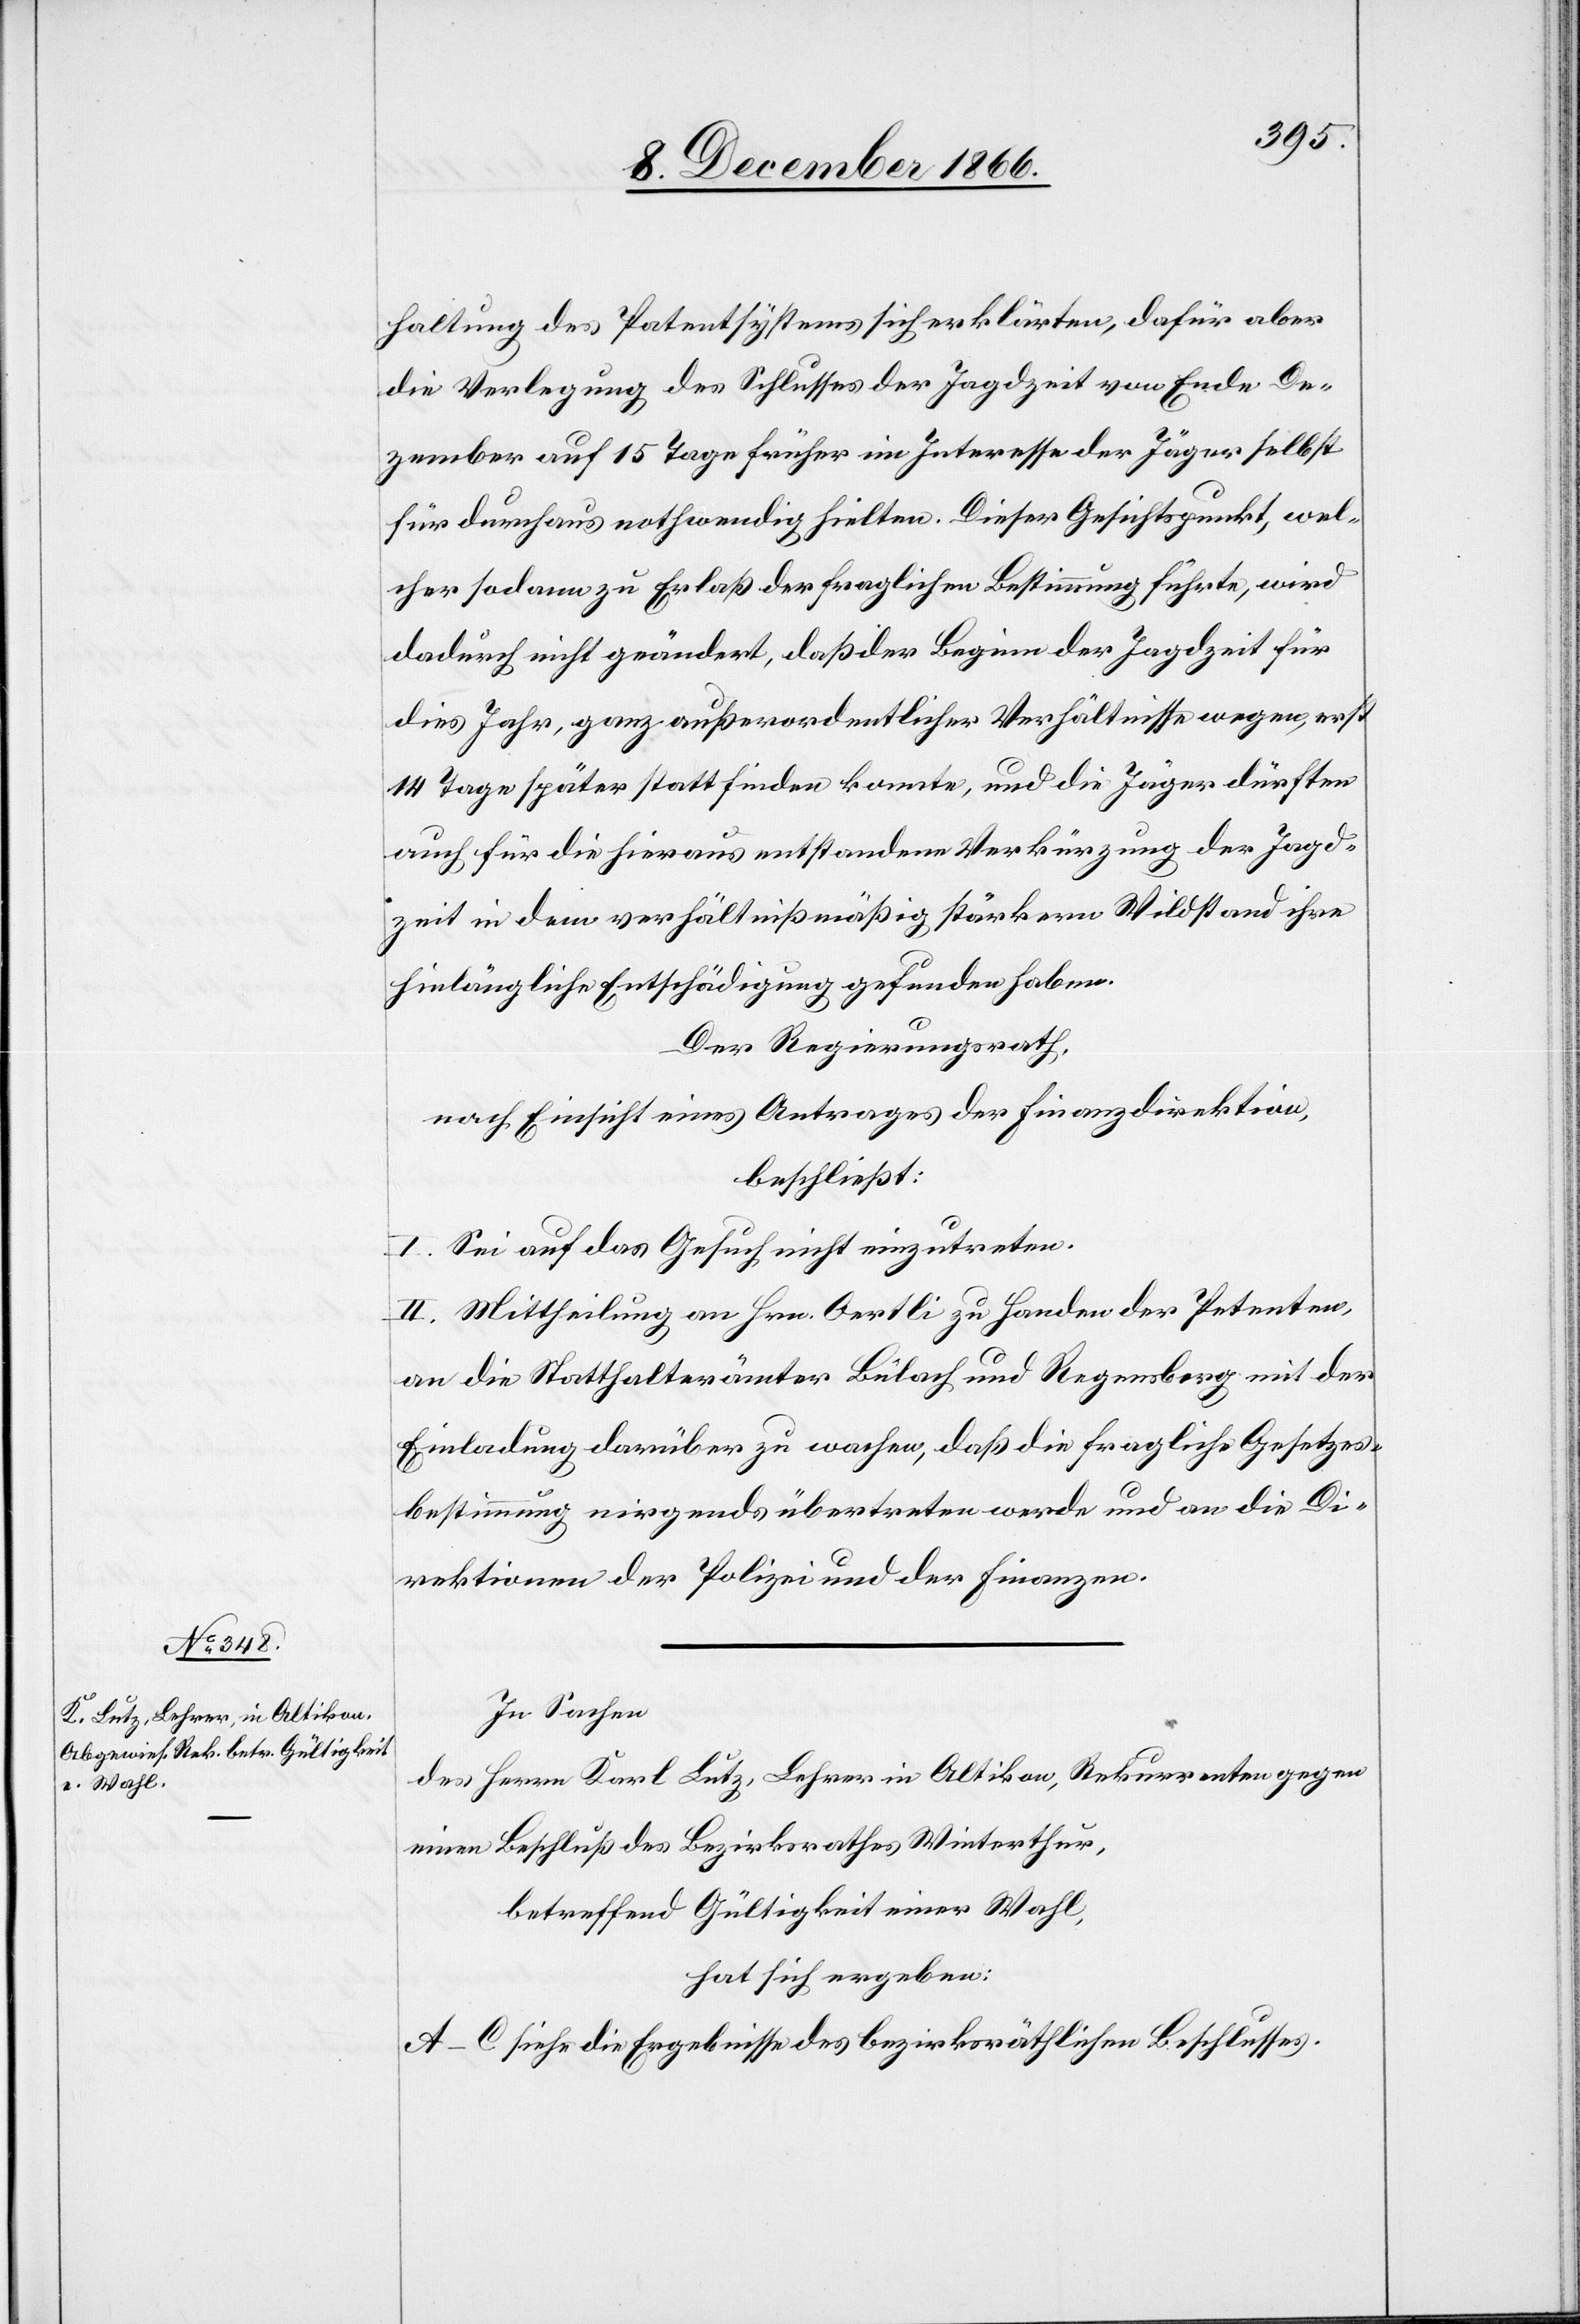
haltung des Patentsystems sich erklärten, dafür aber
die Verlegung des Schlusses der Jagdzeit von Ende De¬
zember auf 15 Tage früher im Interesse der Jäger selbst
für durchaus nothwendig hielten. Dieser Gesichtspunkt, wel¬
cher sodann zu Erlaß der fraglichen Bestimmung führte, wird
dadurch nicht geändert, daß der Beginn der Jagdzeit für
dies Jahr, ganz außerordentlicher Verhältnisse wegen, erst
14 Tage später statt finden konnte, und die Jäger dürften
auch für die hieraus entstandene Verkürzung der Jagd¬
zeit in dem verhältnißmäßig stärkern Wildstand ihre
hinlängliche Entschädigung gefunden haben.
Der Regierungsrath,
nach Einsicht eines Antrages der Finanzdirektion,
beschließt:
I. Sei auf das Gesuch nicht einzutreten.
II. Mittheilung an Hrn. Oertli zu Handen der Petenten,
an die Statthalterämter Bülach und Regensberg mit der
Einladung, darüber zu wachen, daß die fragliche Gesetzes¬
bestimmung nirgends übertreten werde und an die Di¬
rektionen der Polizei und der Finanzen.
In Sachen
des Herrn Karl Lutz, Lehrer in Altikon, Rekurrenten gegen
einen Beschluß des Bezirksrathes Winterthur,
betreffend Gültigkeit einer Wahl,
hat sich ergeben:
A–C siehe die Ergebnisse des bezirksräthlichen Beschlusses.